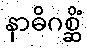
နာဓိဂစ္ဆိံ